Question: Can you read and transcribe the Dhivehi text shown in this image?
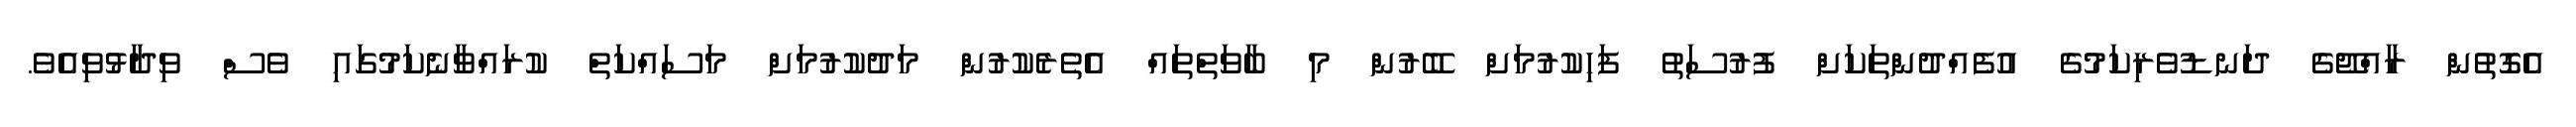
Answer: އެގޮތުން ރާއްޖޭގެ ދަނޑުވެރިކަމުގެ އުފެއްދުންތަކަށް ފުރުސަތު ފަހިކުރުމަށް ބޭރުން މި ބާވަތްތައް އެތެރެކުރުން މަދުކުރުމަށް މަސައްކަތް ކުރައްވާނެކަމުގައި ވެސް ވިދާޅުވިއެވެ.